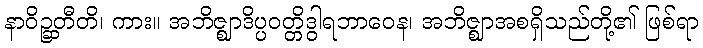
နာဝိဉ္ဆတီတိ၊ ကား။ အဘိဇ္ဈာဒိပ္ပဝတ္တိဒွါရဘာဝေန၊ အဘိဇ္ဈာအစရှိသည်တို့၏ ဖြစ်ရာ